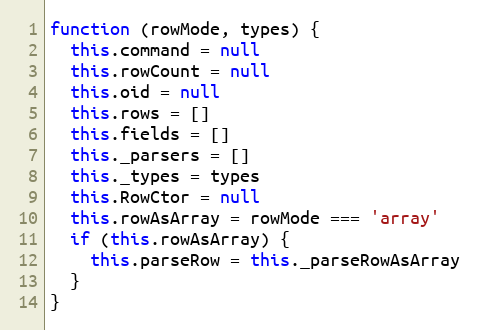
Language: JavaScript
function (rowMode, types) {
  this.command = null
  this.rowCount = null
  this.oid = null
  this.rows = []
  this.fields = []
  this._parsers = []
  this._types = types
  this.RowCtor = null
  this.rowAsArray = rowMode === 'array'
  if (this.rowAsArray) {
    this.parseRow = this._parseRowAsArray
  }
}